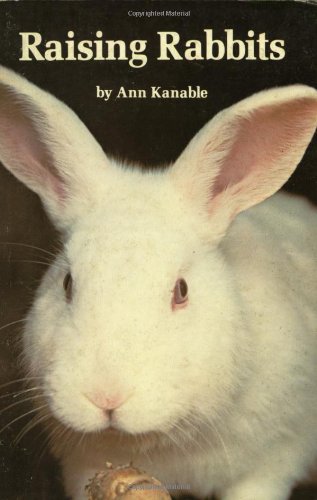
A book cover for Raising Rabbits; Ann Kanable; Crafts, Hobbies & Home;